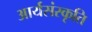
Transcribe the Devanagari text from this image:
आर्यसंस्कृति